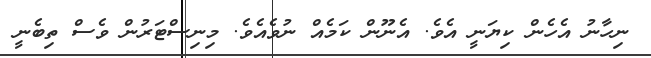
ނިހާނު އެހެން ކިޔަނީ އެވެ. އެނޫން ކަމެއް ނުވެއެވެ. މިނިސްޓަރުން ވެސް ތިބެނީ